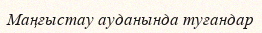
Маңғыстау ауданында туғандар